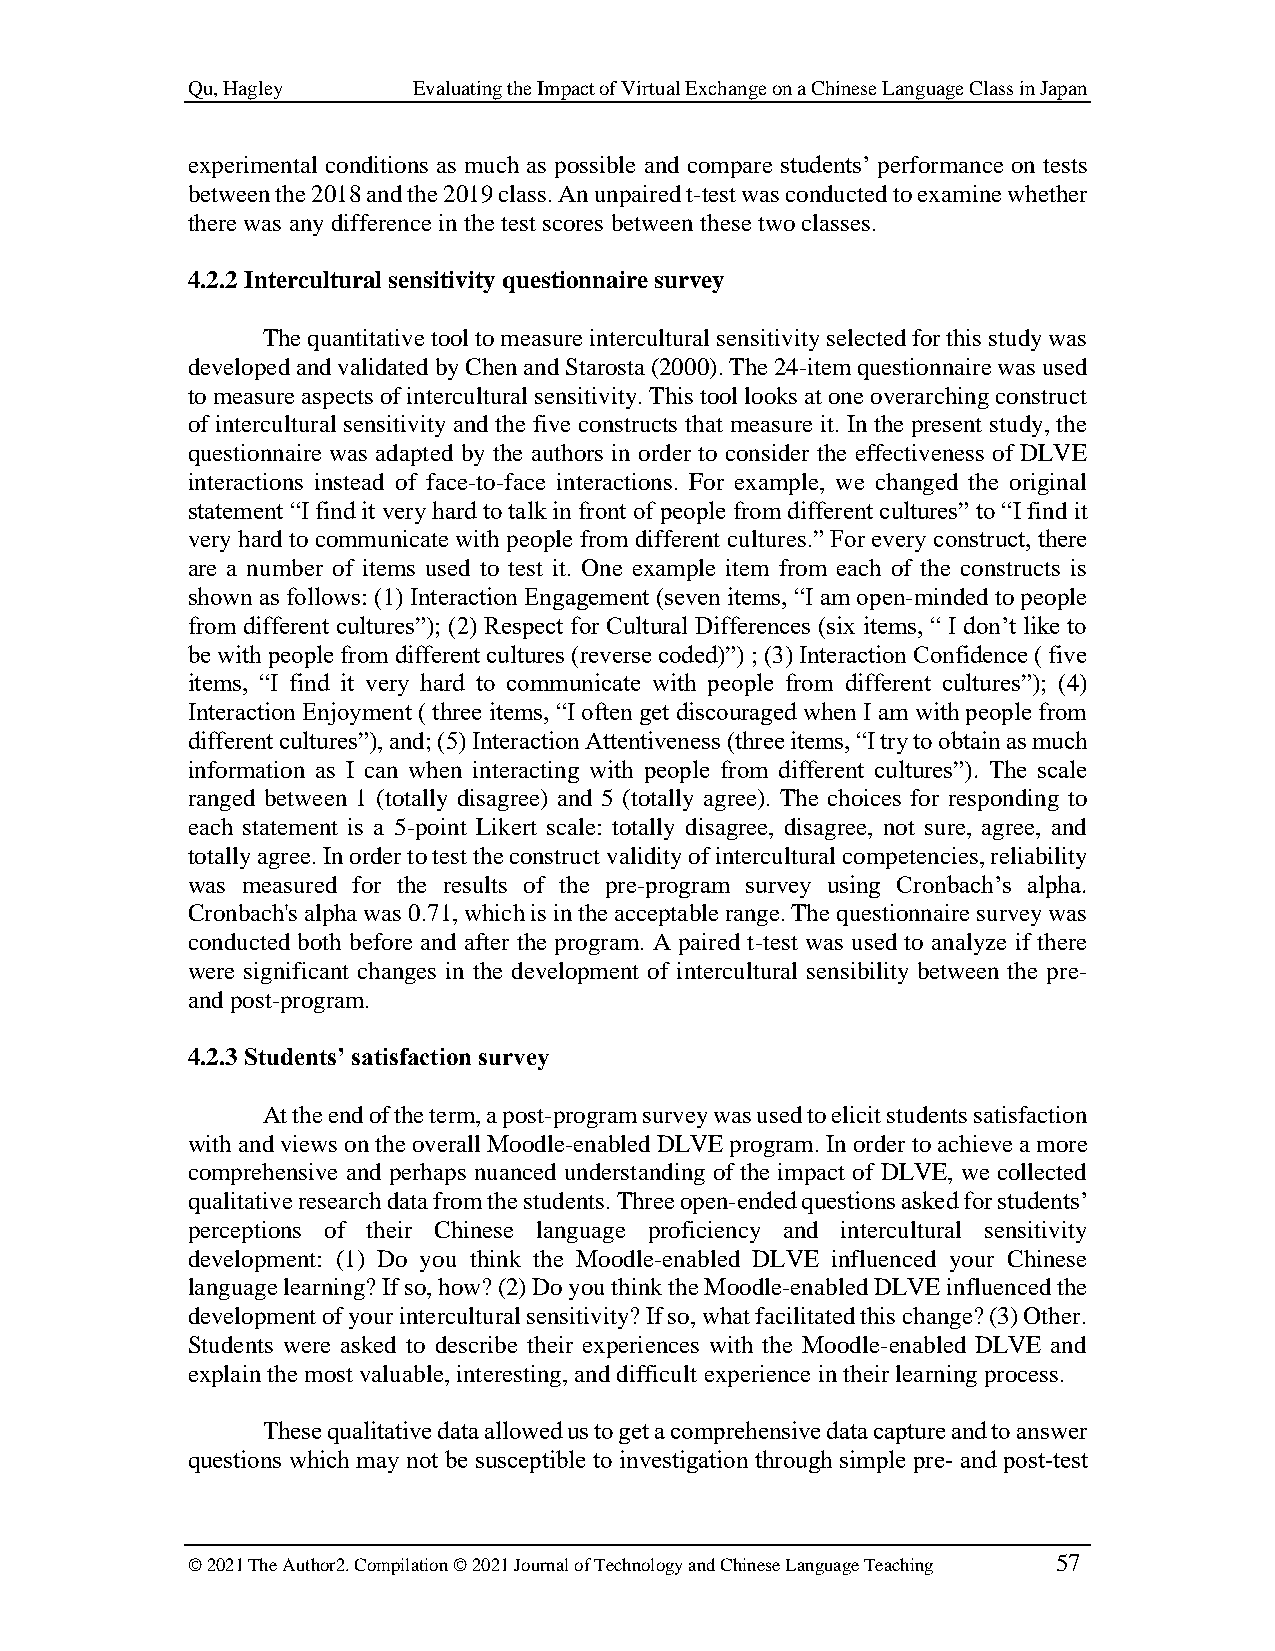
Qu, Hagley     Evaluating the Impact of Virtual Exchange on a Chinese Language Class in Japan
 experimental conditions as much as possible and compare students’ performance on tests
 between the 2018 and the 2019 class. An unpaired t-test was conducted to examine whether
 there was any difference in the test scores between these two classes.
 4.2.2 Intercultural sensitivity questionnaire survey
 The quantitative tool to measure intercultural sensitivity selected for this study was
 developed and validated by Chen and Starosta (2000). The 24-item questionnaire was used
 to measure aspects of intercultural sensitivity. This tool looks at one overarching construct
 of intercultural sensitivity and the five constructs that measure it. In the present study, the
 questionnaire was adapted by the authors in order to consider the effectiveness of DLVE
 interactions instead of face-to-face interactions. For example, we changed the original
 statement “I find it very hard to talk in front of people from different cultures” to “I find it
 very hard to communicate with people from different cultures.” For every construct, there
 are a number of items used to test it. One example item from each of the constructs is
 shown as follows: (1) Interaction Engagement (seven items, “I am open-minded to people
 from different cultures”); (2) Respect for Cultural Differences (six items, “ I don’t like to
 be with people from different cultures (reverse coded)”) ; (3) Interaction Confidence ( five
 items, “I find it very hard to communicate with people from different cultures”); (4)
 Interaction Enjoyment ( three items, “I often get discouraged when I am with people from
 different cultures”), and; (5) Interaction Attentiveness (three items, “I try to obtain as much
 information as I can when interacting with people from different cultures”). The scale
 ranged between 1 (totally disagree) and 5 (totally agree). The choices for responding to
 each statement is a 5-point Likert scale: totally disagree, disagree, not sure, agree, and
 totally agree. In order to test the construct validity of intercultural competencies, reliability
 was measured for the results of the pre-program survey using Cronbach’s alpha.
 Cronbach's alpha was 0.71, which is in the acceptable range. The questionnaire survey was
 conducted both before and after the program. A paired t-test was used to analyze if there
 were significant changes in the development of intercultural sensibility between the pre-
 and post-program.
 4.2.3 Students’ satisfaction survey
 At the end of the term, a post-program survey was used to elicit students satisfaction
 with and views on the overall Moodle-enabled DLVE program. In order to achieve a more
 comprehensive and perhaps nuanced understanding of the impact of DLVE, we collected
 qualitative research data from the students. Three open-ended questions asked for students’
 perceptions of their Chinese language proficiency and intercultural sensitivity
 development: (1) Do you think the Moodle-enabled DLVE influenced your Chinese
 language learning? If so, how? (2) Do you think the Moodle-enabled DLVE influenced the
 development of your intercultural sensitivity? If so, what facilitated this change? (3) Other.
 Students were asked to describe their experiences with the Moodle-enabled DLVE and
 explain the most valuable, interesting, and difficult experience in their learning process.
 These qualitative data allowed us to get a comprehensive data capture and to answer
 questions which may not be susceptible to investigation through simple pre- and post-test
 © 2021 The Author2. Compilation © 2021 Journal of Technology and Chinese Language Teaching 57